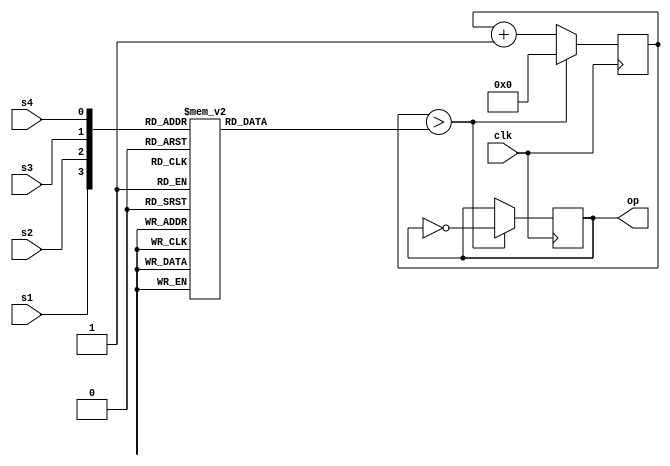


`timescale 1ns / 1ps

module project (op,clk,s1,s2,s3,s4);

input clk;
input s1;
input s2;
input s3;
input s4;
output op;

wire op;

reg  [32:0] counter;

reg r_TOGGLE = 1'b0;
  reg [31:0] match_counter ;



always @ (s1 or s2 or s3 or s4)

  begin
    case ({s1, s2,s3,s4}) // Concatenation Operator { }
     4'b0000 :  match_counter <=0;
      4'b0001 :  match_counter <=32'hE4E1C000; // hexadecimal  use for reduse a overflow
       4'b0010 :  match_counter <=1920000000;
        4'b0011 :  match_counter <=1280000000;
         4'b0100 :  match_counter <= 960000000;
          4'b0101 : match_counter <= 768000000;
           4'b0110 : match_counter <= 640000000;
            4'b0111 :  match_counter <= 544000000;
             4'b1000 :  match_counter <= 480000000;
              4'b1001 :  match_counter <= 427000000;
               4'b1010 :  match_counter <= 384000000;
                4'b1011 :  match_counter <= 349000000;
                 4'b1100 :  match_counter <=320000000;
                  4'b1101 :  match_counter <= 295000000;
                   4'b1110 :  match_counter <=274000000;
                    4'b1111 : match_counter <= 256000000;
                   
    endcase  
  
  end
always @ (posedge clk)
  begin
counter <=0;
counter <= counter + 1'b1;
  if (counter > match_counter)
begin
r_TOGGLE <= !r_TOGGLE;
counter <=0;
end
end  

assign op = r_TOGGLE;

   
 endmodule